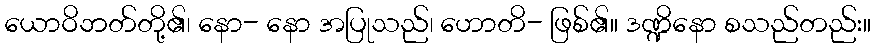
ယောဝိဘတ်တို့၏၊ နော- နော အပြုသည်၊ ဟောတိ- ဖြစ်၏။ ဒဏ္ဍိနော စသည်တည်း။